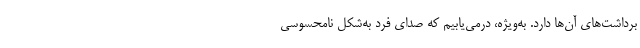
برداشت‌های آن‌ها دارد. به‌ویژه، درمی‌یابیم که صدای فرد به‌شکل نامحسوسی